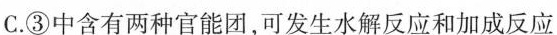
C.③中含有两种官能团，可发生水解反应和加成反应